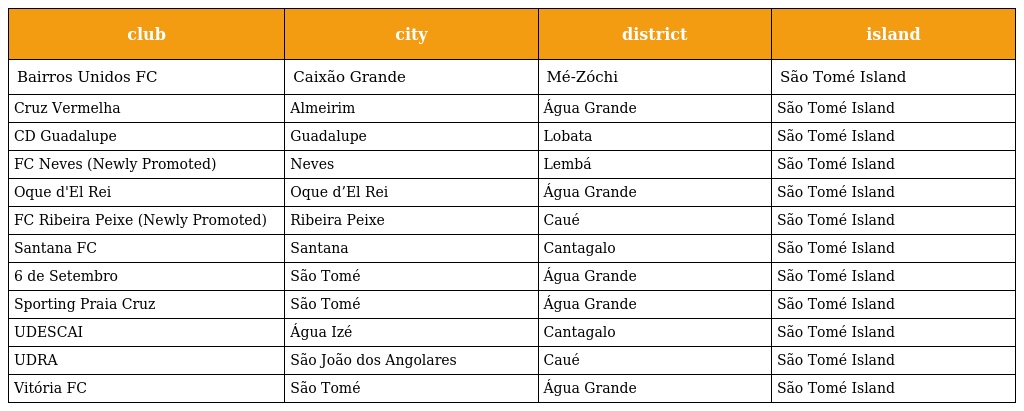
| club | city | district | island |
 | --- | --- | --- | --- |
 | Bairros Unidos FC | Caixão Grande | Mé-Zóchi | São Tomé Island |
 | Cruz Vermelha | Almeirim | Água Grande | São Tomé Island |
 | CD Guadalupe | Guadalupe | Lobata | São Tomé Island |
 | FC Neves (Newly Promoted) | Neves | Lembá | São Tomé Island |
 | Oque d'El Rei | Oque d’El Rei | Água Grande | São Tomé Island |
 | FC Ribeira Peixe (Newly Promoted) | Ribeira Peixe | Caué | São Tomé Island |
 | Santana FC | Santana | Cantagalo | São Tomé Island |
 | 6 de Setembro | São Tomé | Água Grande | São Tomé Island |
 | Sporting Praia Cruz | São Tomé | Água Grande | São Tomé Island |
 | UDESCAI | Água Izé | Cantagalo | São Tomé Island |
 | UDRA | São João dos Angolares | Caué | São Tomé Island |
 | Vitória FC | São Tomé | Água Grande | São Tomé Island |